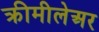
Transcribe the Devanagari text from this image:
क्रीमीलेअर